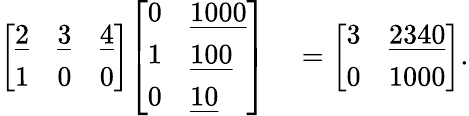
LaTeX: \begin{array}{rl}{{\left[\begin{array}{lll}{{\underline{{2}}}}&{{\underline{{3}}}}&{{\underline{{4}}}}\\ {1}&{0}&{0}\end{array}\right]}{\left[\begin{array}{ll}{0}&{{\underline{{1000}}}}\\ {1}&{{\underline{{100}}}}\\ {0}&{{\underline{{10}}}}\end{array}\right]}}&{{}={\left[\begin{array}{ll}{3}&{{\underline{{2340}}}}\\ {0}&{1000}\end{array}\right]}.}\end{array}